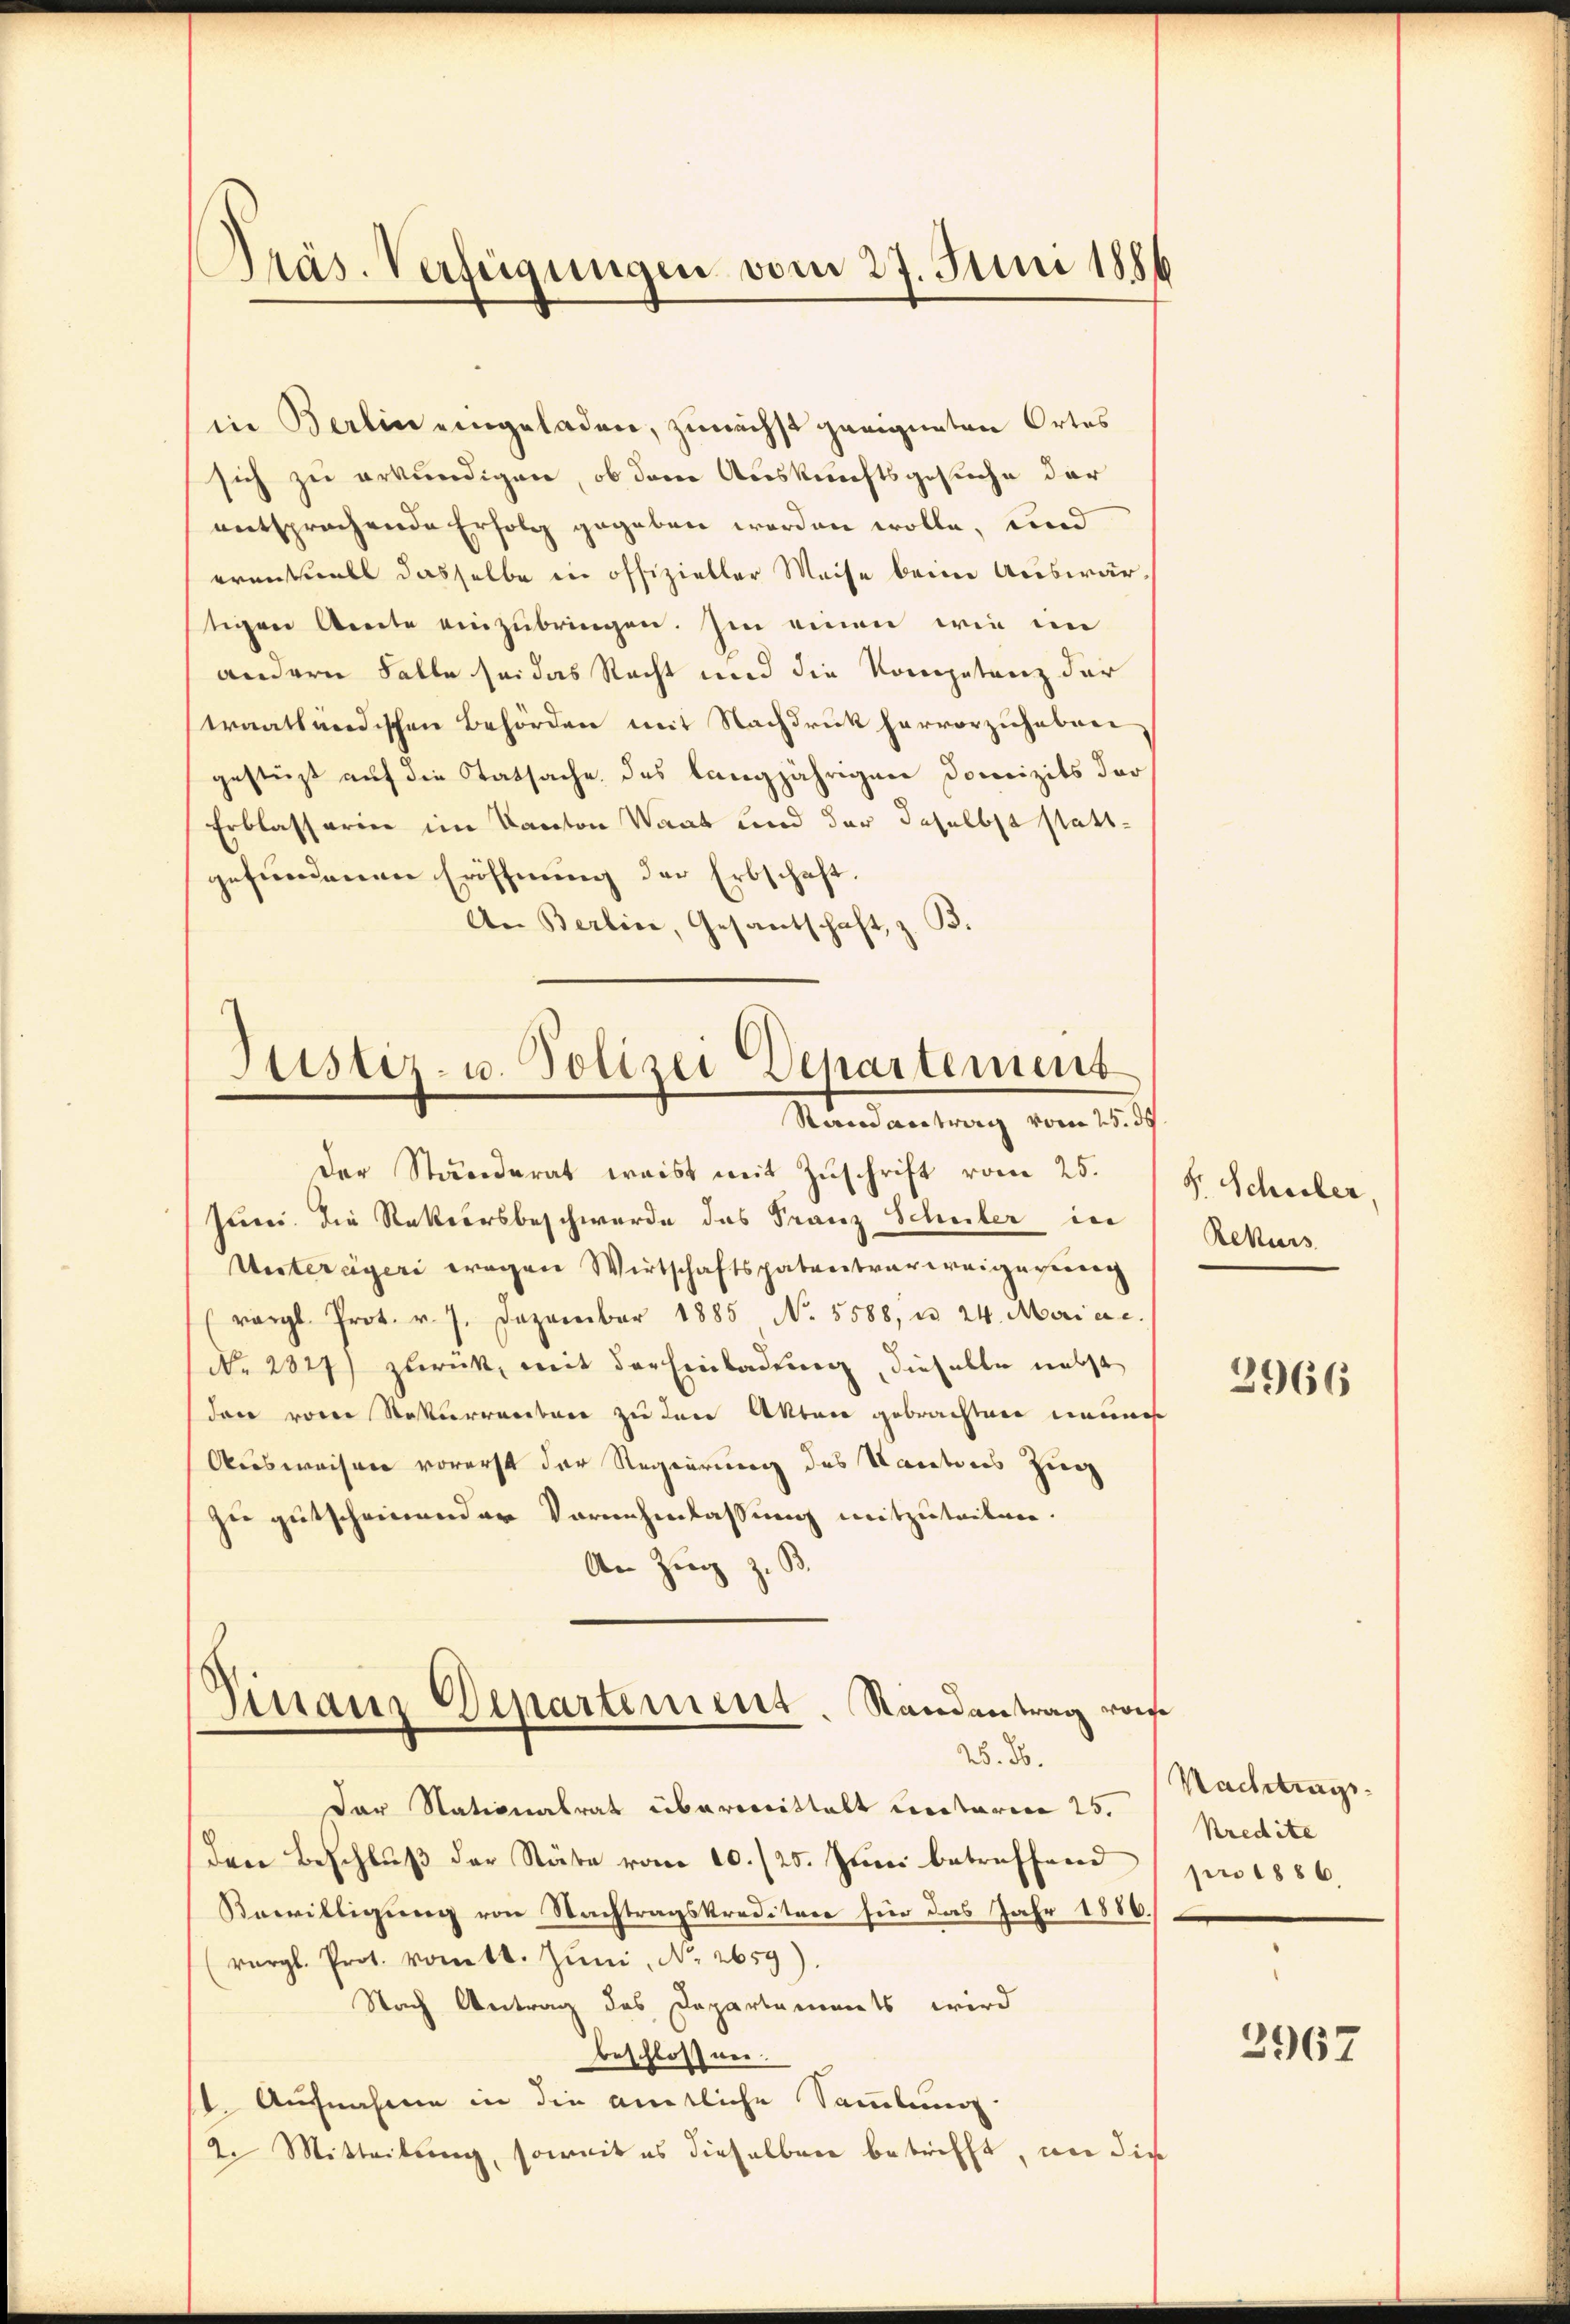
Präs. Verfügungen vom 27. Juni 1886

in Berlin eingeladen, zunächst geeigneten Ortes
sich zu erkundigen, ob dem Auskunftsgesuche der
entsprechende Erfolg gegeben worden wolle, und
erentuell dasselbe in offizieller Weise beim Auswärtigen Arnete einzŭbringen. Im einen wie im
andern Falle sei das Recht und die Kompetenz der
traatländischen Behörden mit Nachdruck hervorzuheben
gestüzt auf die Tatsache des langjährigen Domizits der
Erblasserin im Kanton Waat und der daselbst stattgefundenen Eröffnung der Erbschaft
An Berlin, Gesantschaft, z. B.

Justiz- u. Polizei Departement
Stand antrag vom 25. ds

der Ständerat weist mit Zuschrift vom 25.
Juni die Rekursbeschwerde das Franz Schuler in
Untereigeri wegen Wirtschaftspatentverweigerung
rärgl. Prot. v. J. Dezember 1885 No. 5588, u. 24. Maria c.
d
No. 2827) zurück, mit der Einladung, dieselbe nebst
den von Rekurrenten zu den Akten gebrachten neuner
Ausweisen vorerst der Regierung des Kantons Zug
zu gutscheinender Vornehmlassung mitzuteilen.
An Zug z. B.
Sinair Departement. Randantrag von
25. 20.
Der Stationalrat übermittalt Lcetarien 25.
den Beschluß der Stäbe vom 10./25. Juni betreffend
Bewilligung von Nachtragskreditare für das Jahr 1886.
(vergl. Prot. komtt. Jŭni, No. 2659).
Nach Antrag des Departements wird
beschlossen.
1. Aufnahme in die amtliche Sammlung
2. Mitteilŭng, soweit es dieselben betrifft, wie dies

F. Schüler
Rekurs

2966

Nachtrags
Kredite
pro 1886

2967